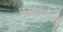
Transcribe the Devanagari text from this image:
कलासिकों